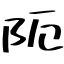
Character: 阨